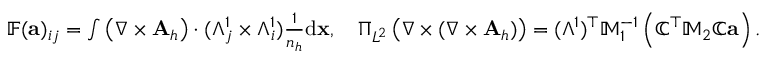
\begin{array} { r l } & { \mathbb { F } ( { \mathbf a } ) _ { i j } = \int \left( \nabla \times { \mathbf A } _ { h } \right) \cdot ( \Lambda _ { j } ^ { 1 } \times \Lambda _ { i } ^ { 1 } ) \frac { 1 } { n _ { h } } \mathrm { d } { \mathbf x } , \quad \Pi _ { L ^ { 2 } } \left( { \nabla } \times ( { \nabla } \times { \mathbf A } _ { h } ) \right) = ( \mathbb { \Lambda } ^ { 1 } ) ^ { \top } \mathbb { M } _ { 1 } ^ { - 1 } \left( \mathbb { C } ^ { \top } \mathbb { M } _ { 2 } \mathbb { C } { \mathbf a } \right) . } \end{array}